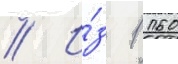
// И́з 1 160